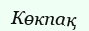
Көкпақ